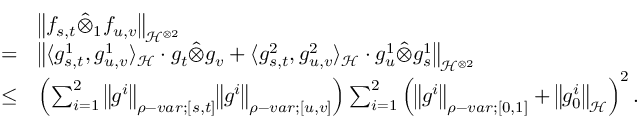
\begin{array} { r l } & { { \left\lVert { f _ { s , t } \hat { \otimes } _ { 1 } f _ { u , v } } \right\rVert } _ { \mathcal { H } ^ { \otimes 2 } } } \\ { = } & { { \left\lVert { \langle g _ { s , t } ^ { 1 } , g _ { u , v } ^ { 1 } \rangle _ { \mathcal { H } } \cdot g _ { t } \hat { \otimes } g _ { v } + \langle g _ { s , t } ^ { 2 } , g _ { u , v } ^ { 2 } \rangle _ { \mathcal { H } } \cdot g _ { u } ^ { 1 } \hat { \otimes } g _ { s } ^ { 1 } } \right\rVert } _ { \mathcal { H } ^ { \otimes 2 } } } \\ { \leq } & { \left( \sum _ { i = 1 } ^ { 2 } { \left\lVert { g ^ { i } } \right\rVert } _ { \rho - v a r ; [ s , t ] } { \left\lVert { g ^ { i } } \right\rVert } _ { \rho - v a r ; [ u , v ] } \right) \sum _ { i = 1 } ^ { 2 } \left( { \left\lVert { g ^ { i } } \right\rVert } _ { \rho - v a r ; [ 0 , 1 ] } + { \left\lVert { g _ { 0 } ^ { i } } \right\rVert } _ { \mathcal { H } } \right) ^ { 2 } . } \end{array}